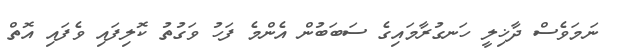
ނަމަވެސް ދާޚިލީ ހަނގުރާމައިގެ ސަބަބުން އެންމެ ފަހު ވަގުތު ކޮލިފައި ވެފައި އޮތް